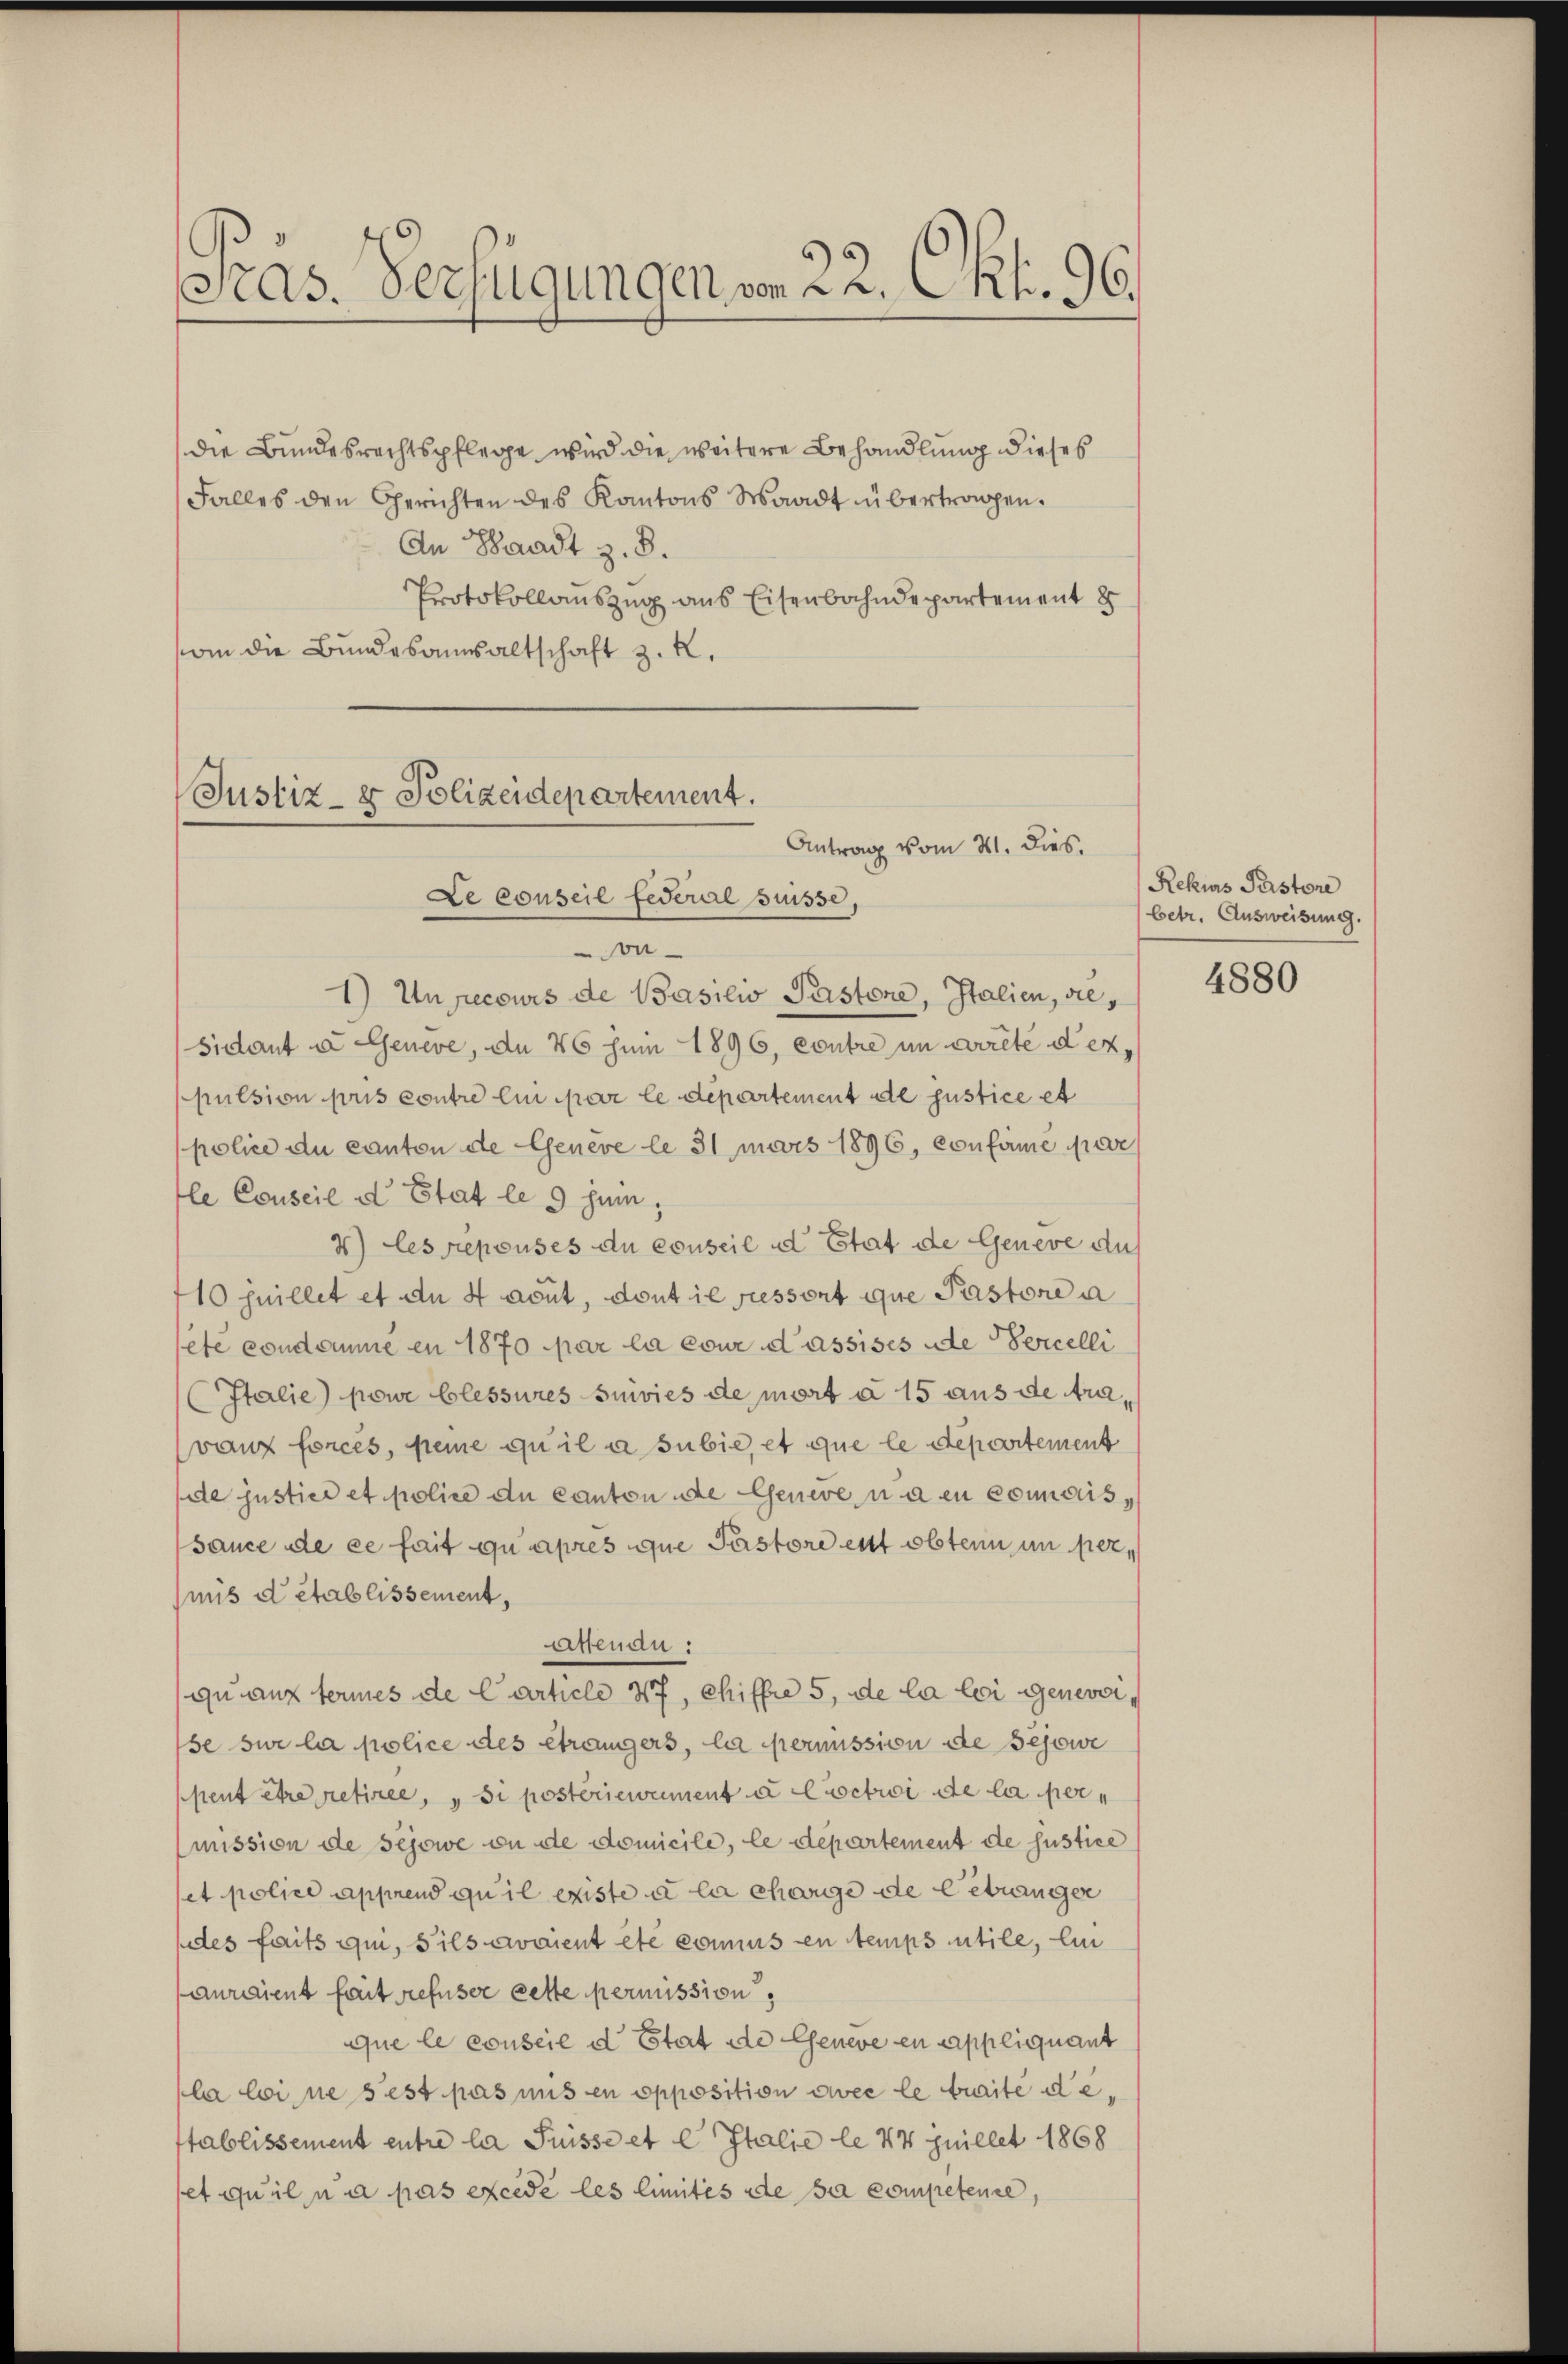
Präs. Verfügungen von 22. Okt. 96.

die Bundesrechtspflege wird die weitere Behandlung dieses
Falles den Gerichten des Kantons Waadt übertragen.
An Waadt z. B.
Protokollauszug aus Eisenbahndepartement 8
an die Bundesansaltschaft z. R.

Justiz- & Polizeidepartement.
Antrag vom 21. dies.
Le conseil federal Suisse,
on

1) Un pecours de Basilw Pastone, Italien, diesidant u. Genere, an 46 zum 1896, contre in arrete der
pulsion pris contre ein par le département de justice et
police du canton de Geneve le 31mars 1896, confame Nieve
le Conseil d Etat le 9 zun
4) es repouses du conseil ad Etat de Geneve aus
10 quillet et du 4 aout, dont il fessort que Pastore a
ete condamme en 1870 par la cour d’assises ade Percelli
Italie) powe blessures suivies de mort a 15 aus de travanz forcés, seine qu’il a subie, et que le departement
de justice et police du canton die Geneveu den connaiss
sauce de ce fait qu’après que Pastore est obten in permus d’établissement,
Arenau:
qu auf fermes de Carticle 47, Chiffre 5, de la loi Genevoise sur la police des étrangers, la permission de sesowe
ppent être retirée, „si posteriewament à Coctwoi de la per
mission de Bejowe on de domicile, le departement de Justice
et police apprend qu’il existe à la charge de betränger
ddes faits qui, Sils avaient etc conius en temps utile, lin
auraient fait refuser Lette permission,
que le conseil d Etat de Geneve en appliquant
la loi ne s’est pas uns en opposition avec le traite destablissement entre la Puisse et e Italie le 44 puillet 1868
et qu’il a pas excède les limités de sa competente,

Rekurs Pastore
betr. Ausweisung.

4880